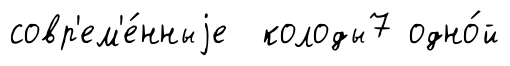
совр'ем'е́нныjе колоды7 одно́й